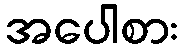
အပေါစား